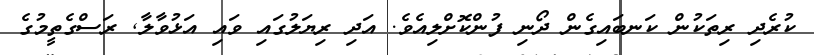
ކުރެދި ރިތަކުން ކަނބައިގެން ދޯނި ފުންކޮށްލިއެވެ. އަދި ރިޔަލުގައި ވައި އަޅުވާލާ